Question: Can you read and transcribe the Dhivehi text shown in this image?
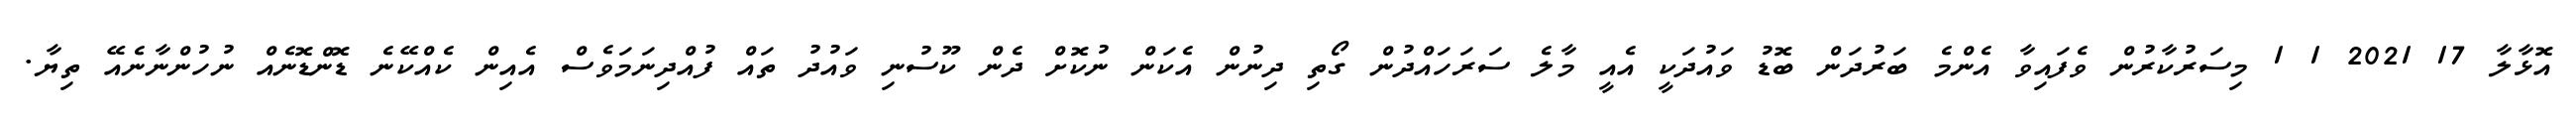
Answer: އޮޅާލާ 17 2021 1 1 މިސަރުކާރުން ވެފައިވާ އެންމެ ބަރުދަން ބޮޑު ވައުދަކީ އެއީ މާލެ ސަރަހައްދުން ގޯތި ދިނުން އެކަން ނުކޮށް ދެން ކޫސުނި ވައުދު ތައް ފުއްދިނަމަވެސް އެއިން ކެއްކޭނެ ޑޮންޑޮނެއް ނުހުންނާނެއޭ ތިޔާ.